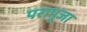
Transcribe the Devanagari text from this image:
परापूजा